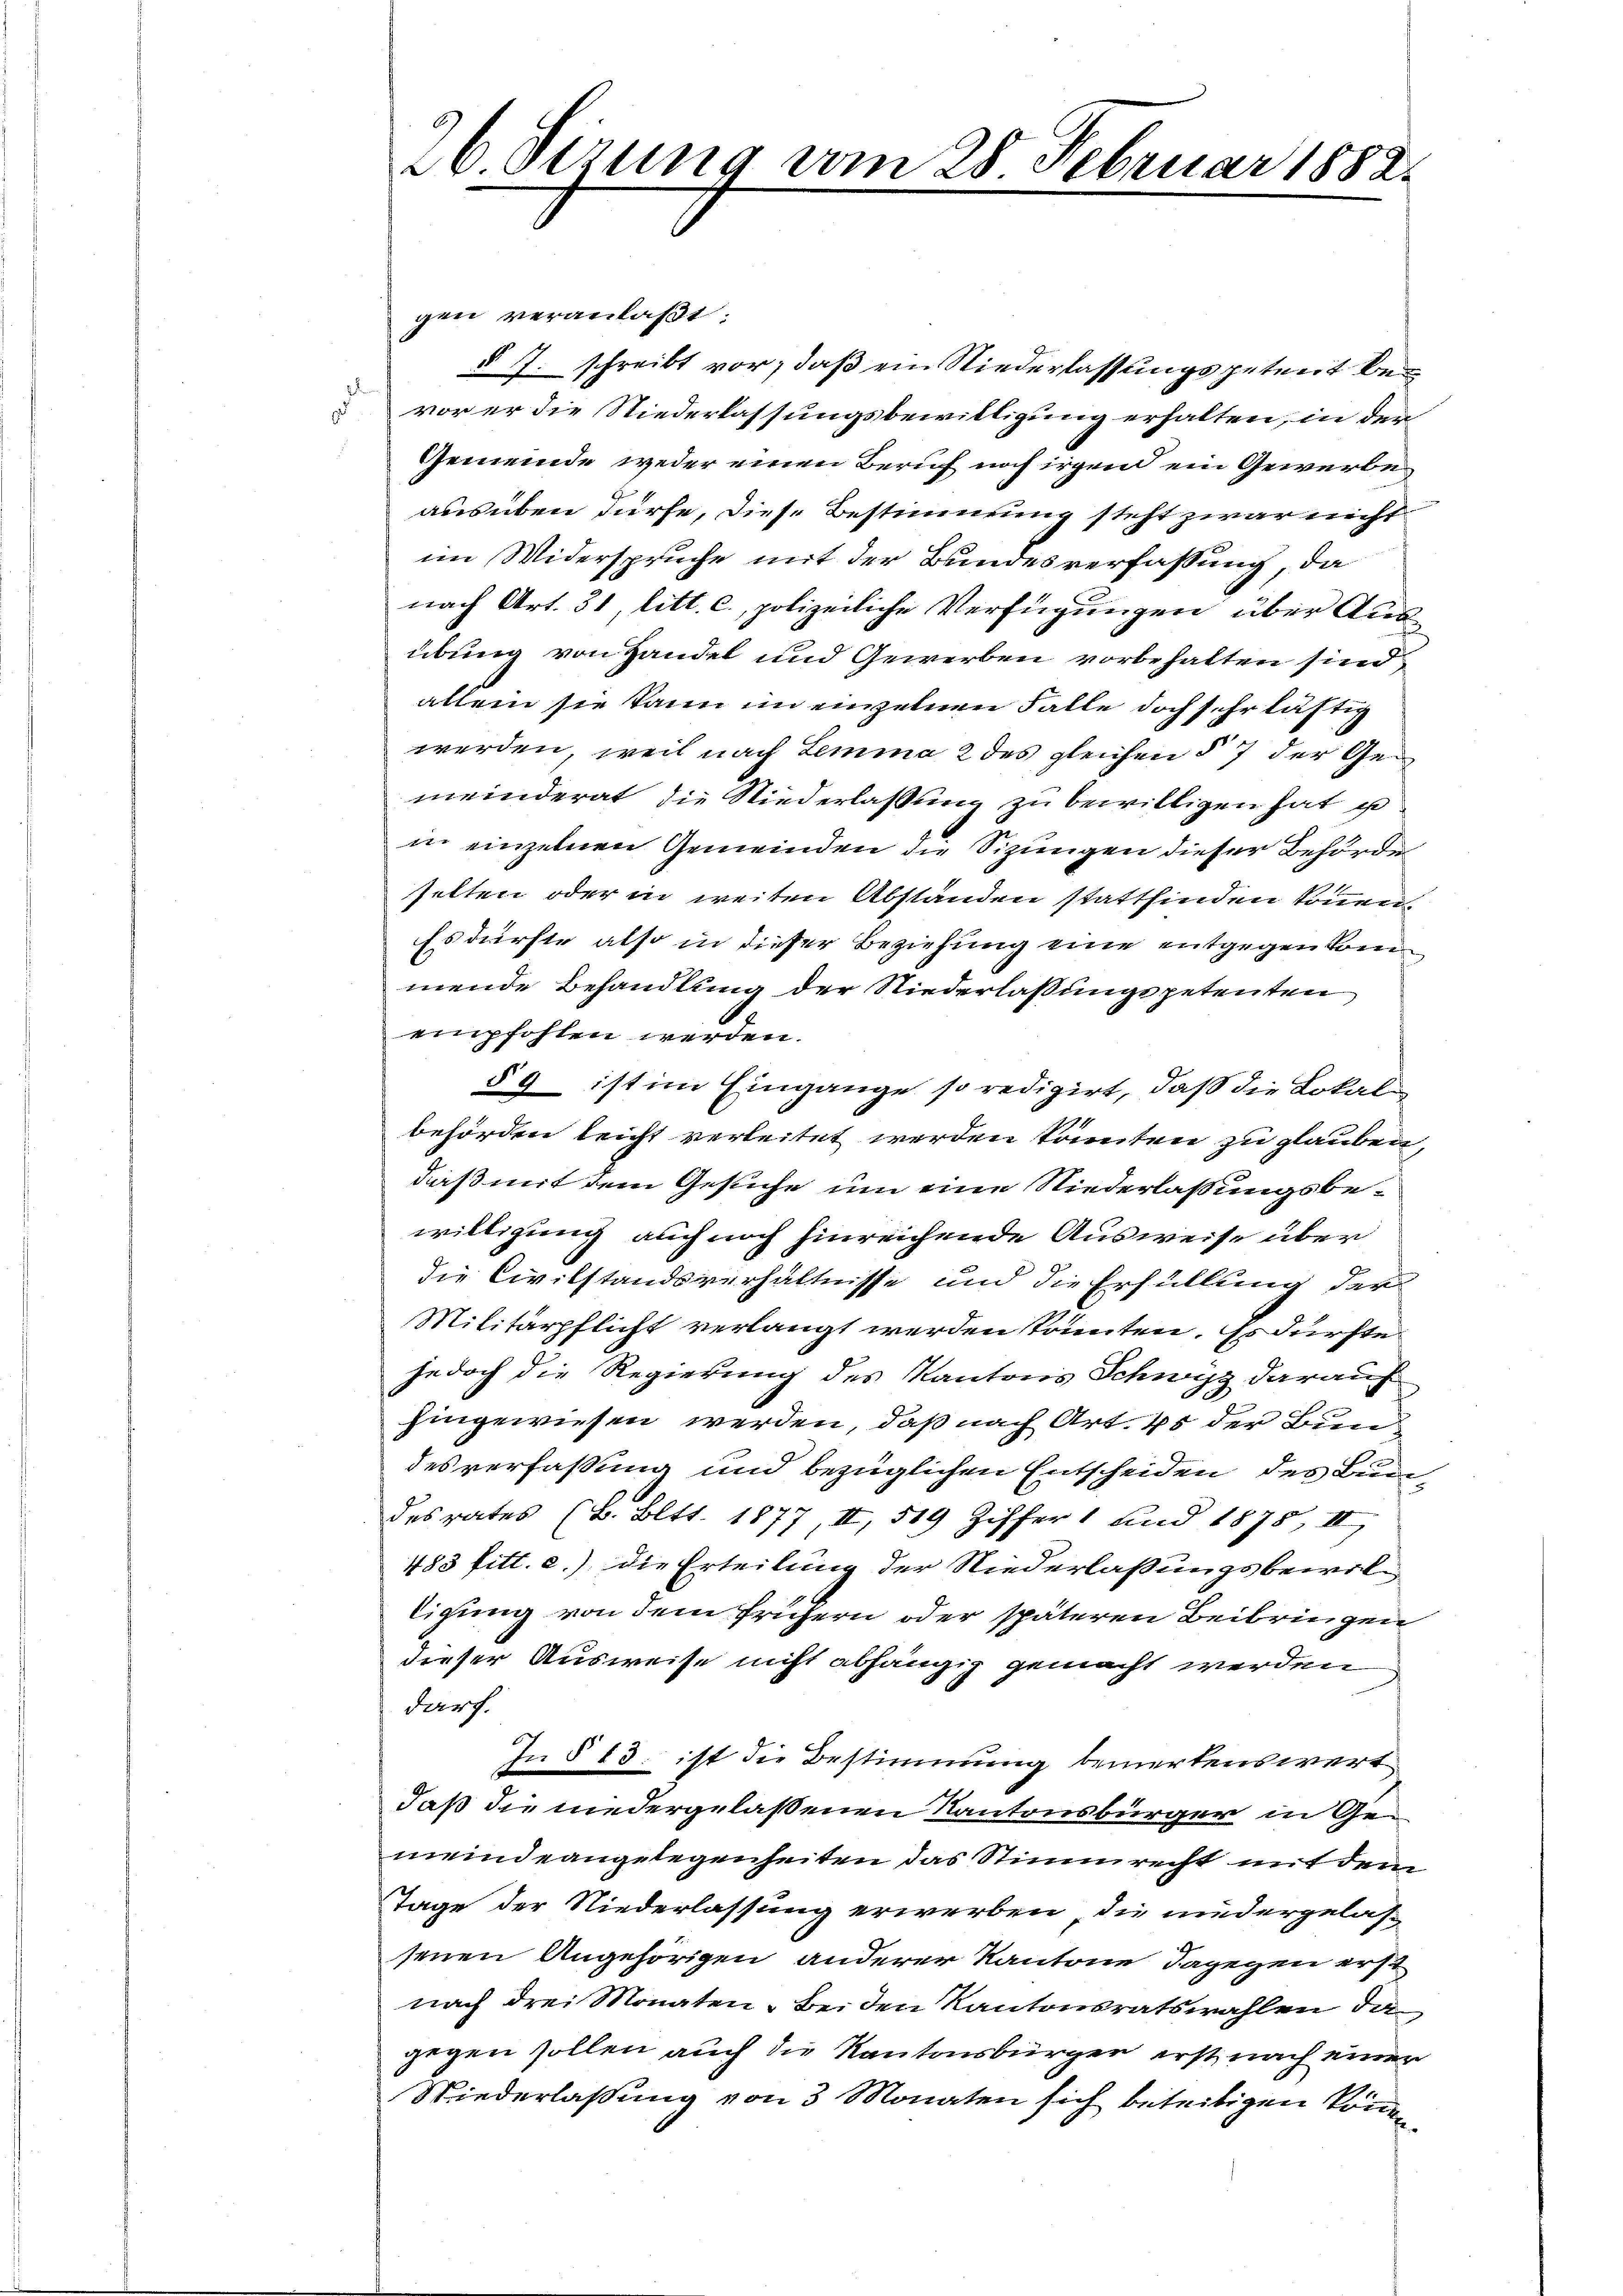
26 Dezung vom 28. Februar 1882.

gen veranlaßt.
§ 7. schreibt vor, daß ein Niederlassungsgetreit bei
 vor er die Niederlassungsbewilligung erhalten, in der
Gemeinde weder einen Beruf noch irgen ein Gewerbeausüben dürfe, diese Bestimmung steht zwar nicht
im Widerspruche mit der Bundesverfassung, da
nach Art. 31, litt. c., polizeiliche Verfügungen über Aus
übung von Handel und Gewerben vorbehalten sind
allein sie kann im einzelnen Falle doch sehr lästig
werden, weil nach Lemma 2 des gleichen § 7 der Gemeinderat die Niederlassung zu bewilligen hat i
in einzelnen Gemeinden die Sizungen dieser Behörde
selten oder in weiten Abstanden stattfinden können.
Es dürfte also in dieser Beziehung eine entgegenkommende Behandlung der Niederlassungspetenten
empfohlen werden.
§ 9 ist im Eingange so redigirt, daß die Lokal
behörden leicht verleitet werden könnten zu glauben,
daß mit dem Gesuche um eine Niederlassungsbewilligung auch noch hinreichende Ausweise über
die Civilstandsverhältnisse und die Erfüllung der
Militärpflicht verlangt werden könnten. Es dürfte
jedoch die Regierung des Kantons Schwyz darauf
hingewiesen werden, daß nach Art. 45 der Bundesverfassung und bezüglichen Entscheiden des Bundes rates (2. Bett. 1877, II, 519 Ziffer 1 und 1875 II
483 fitt. c.) die Erteilung der Niederlaßungsbewilligung von dem frühern oder späteren Beibringen
dieser Ausweise nicht abhängig gemacht werden
darf.
In § 13. ist die Bestimmung bemerkenswert
daß die niedergelaßenen Kantonsbürger in Gemeindeangelegenheiten das Stimmrecht mit dem
Tage der Niederlassung erwerben, die niedergelas-
senen Angehörigen anderer Kantone dagegen erst
nach drei Monaten, bei den Kantonsratswahlen, da
gegen sollen auch die Kantonsbürger erst nach einer
Niederlassung von 3 Monaten sich beseitigen können.